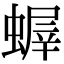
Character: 𧎨